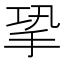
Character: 㧬